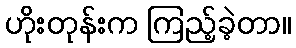
ဟိုးတုန်းက ကြည့်ခဲ့တာ။